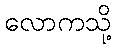
လောကသို့